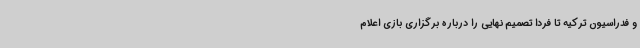
و فدراسیون ترکیه تا فردا تصمیم نهایی را درباره برگزاری بازی اعلام